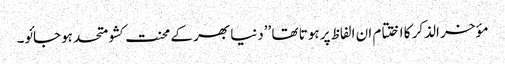
مؤخر الذکر کا اختتام ان الفاظ پر ہوتا تھا ’’دنیا بھر کے محنت کشو متحد ہوجائو۔